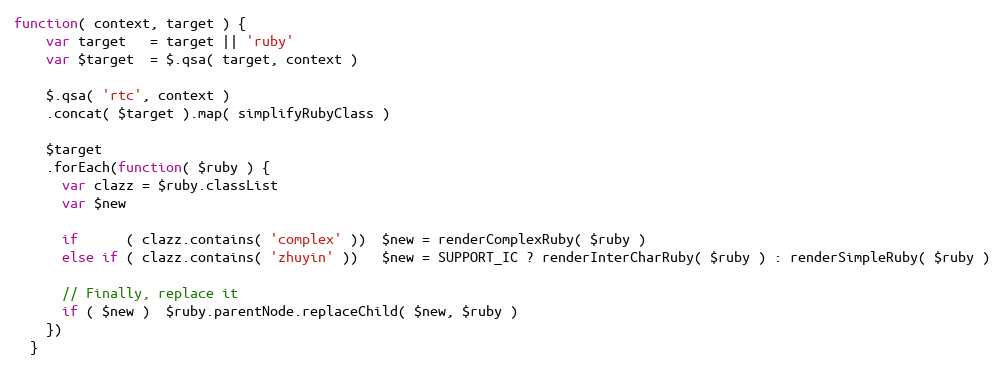
Language: JavaScript
function( context, target ) {
    var target   = target || 'ruby'
    var $target  = $.qsa( target, context )

    $.qsa( 'rtc', context )
    .concat( $target ).map( simplifyRubyClass )

    $target
    .forEach(function( $ruby ) {
      var clazz = $ruby.classList
      var $new

      if      ( clazz.contains( 'complex' ))  $new = renderComplexRuby( $ruby )
      else if ( clazz.contains( 'zhuyin' ))   $new = SUPPORT_IC ? renderInterCharRuby( $ruby ) : renderSimpleRuby( $ruby )

      // Finally, replace it
      if ( $new )  $ruby.parentNode.replaceChild( $new, $ruby )
    })
  }